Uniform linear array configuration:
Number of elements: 12
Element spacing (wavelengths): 0.75
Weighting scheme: hamming
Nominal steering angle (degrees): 45
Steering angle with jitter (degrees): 45.415
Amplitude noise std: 0.05
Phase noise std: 0.05

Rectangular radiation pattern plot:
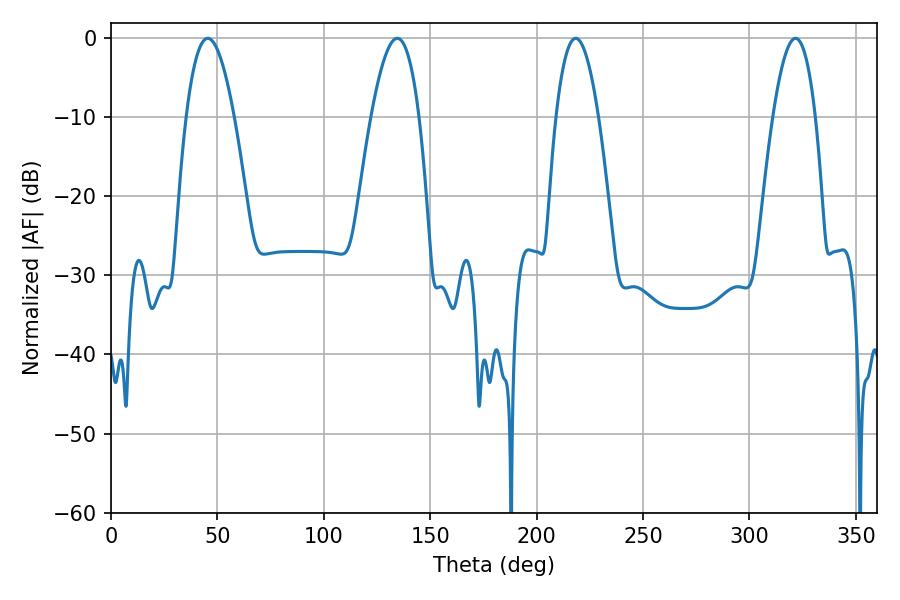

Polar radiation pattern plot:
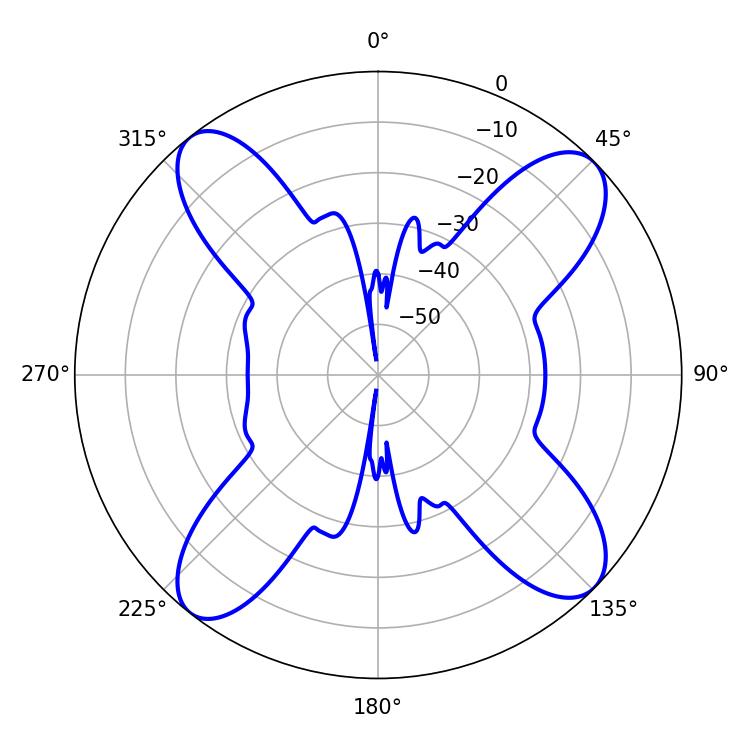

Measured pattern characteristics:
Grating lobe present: TRUE
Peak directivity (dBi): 14.136
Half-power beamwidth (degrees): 10.98
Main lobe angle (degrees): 218.34